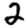
Digit: 2